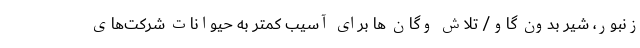
زنبور، شیر بدون گاو/ تلاش وگان ها برای آسیب کمتر به حیوانات شرکت‌های